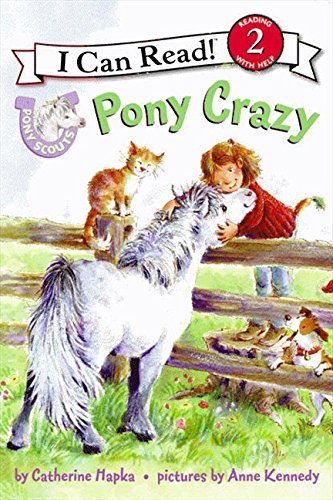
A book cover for Pony Scouts: Pony Crazy (I Can Read Level 2); Catherine Hapka; Children's Books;